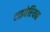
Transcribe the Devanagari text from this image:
टाइबेरियन